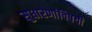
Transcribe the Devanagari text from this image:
सुधारणांविषयी